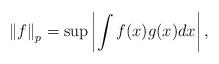
LaTeX: \begin{align*}\left\Vert f\right\Vert _{p}=\sup \left\vert \int f(x)g(x)dx\right\vert ,\end{align*}